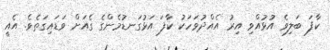
ކާފަ ބަލިވެ އުޅުއްވި އިރު އެއްދުވަހަކު ކާފަ އަޅުގަނޑުމެންގެ ގެއަށް ވަޑައިގަތެވެ. އެއީ